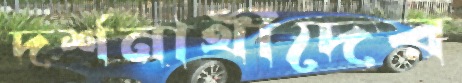
দর্শনার্থীদের